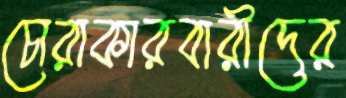
চোরাকারবারীদের